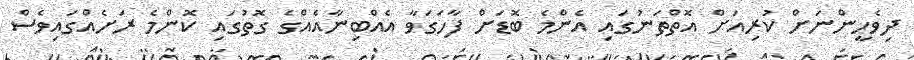
ދިވެހީންނަށް ކުރިއަށް އޮތްތަނުގައި އެންމެ ބޮޑަށް ފާހަގަވާ އެއްބިނާއެއްގެ ގޮތުގައި ކޮންމެ ރަށެއްގައިވެސް